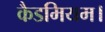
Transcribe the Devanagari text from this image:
कैडमियम।